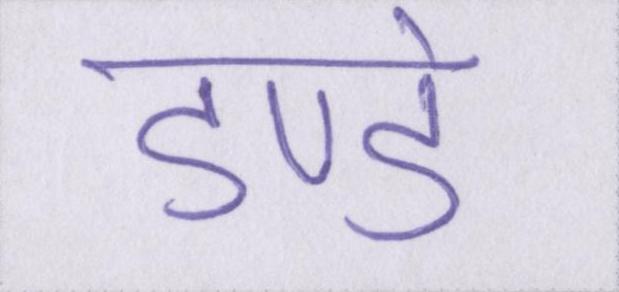
डण्डे